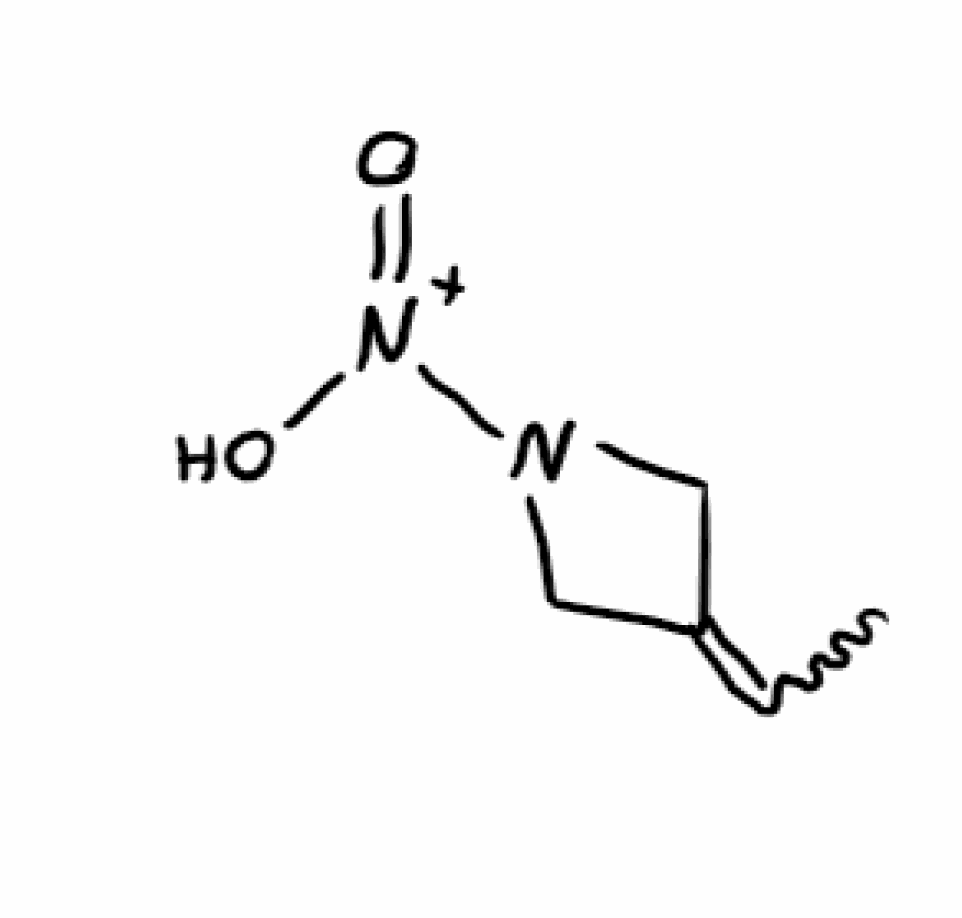
Simplified molecular-input line-entry system (SMILES) notation of the given molecule:
CC=C1CN(C1)[N+](=O)O